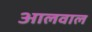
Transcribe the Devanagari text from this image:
आलवाल